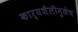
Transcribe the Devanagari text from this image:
कार्यशैलीमुळेच